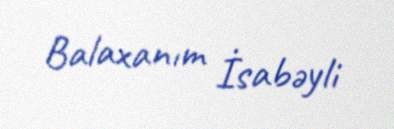
Balaxanım İsabəyli